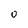
Character: 0